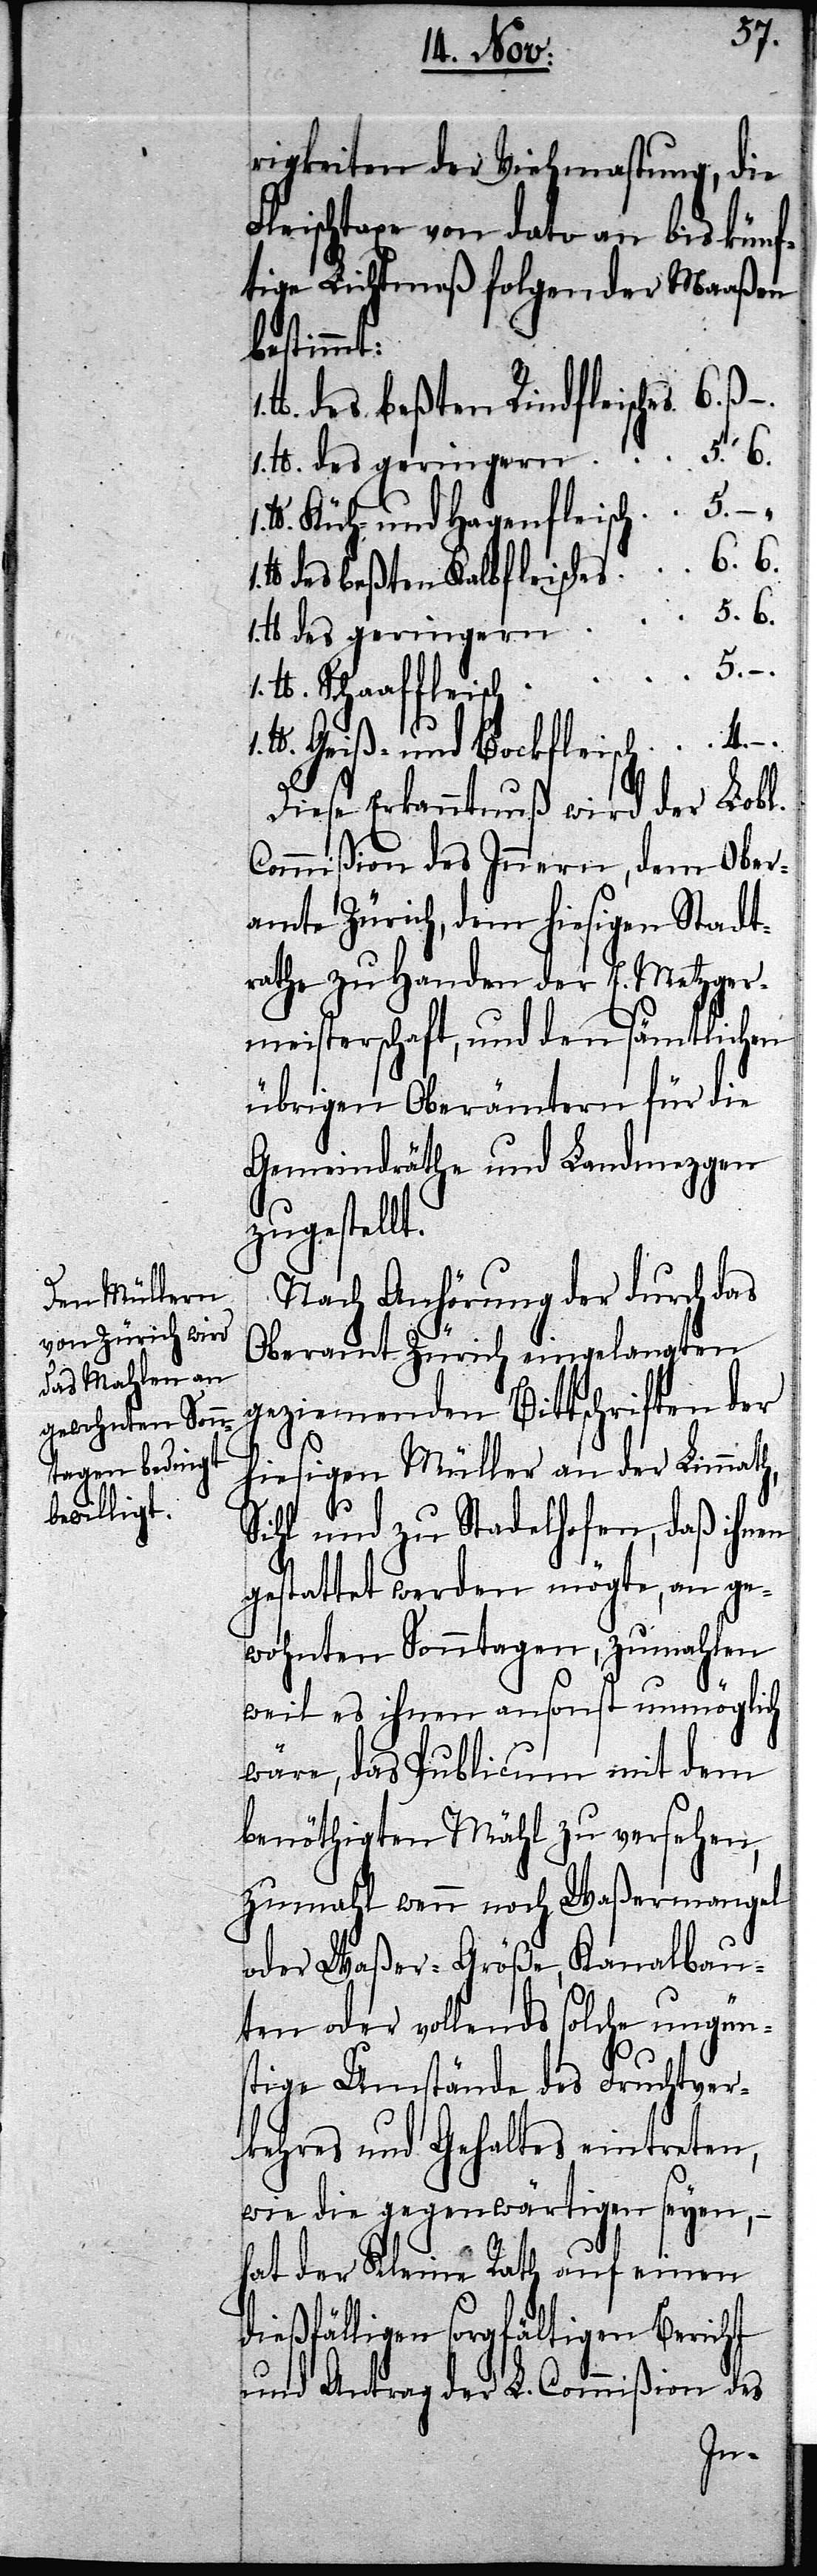
rigkeiten der Viehmastung, die
Fleischtaxe von dato an bis künf¬
tige Lichtmaß folgender Maaßen
bestimmt:
lb. des beßten Rindfleisches	6.ß
1. lb. des geringern 	5. 6.
lb. Küh- und Hagenfleisch	5.–
lb. des beßten Kalbfleisches	6. 6.
lb. Schaaffleisch 	5. –.
lb. Geiß- und Bockfleisch	4. –.
Diese Erkanntnuß wird der Lobl.
Commißion des Innern, dem Ober¬
amte Zürich, dem hiesigen Stadt¬
rathe zu Handen der E. Metzger¬
meisterschaft, und den sämtlichen
übrigen Oberämtern für die
Gemeindräthe und Landmezgen
zugestellt.
Nach Anhörung der durch das
Oberamt Zürich eingelangten
geziemenden Bittschriften der
hiesigen Müller an der Limmath,
Sihl und zu Stadelhofen, daß ihnen
gestattet werden mögte, an ge¬
wohnten Sonntagen, zu mahlen
weil es ihnen ansonst unmöglich
wäre, das Publicum mit dem
benöthigten Mähl zu versehen,
zumahl wenn noch Waßermangel
oder Waßer-Größe, Kanalbau¬
ten oder vollends solche ungüns¬
tige Umstände des Fruchtver¬
kehres und Gehaltes eintreten,
wie die gegenwärtigen seyen; –
hat der Kleine Rath auf einen
dießfälligen sorgfältigen Bericht
und Antrag der L. Commißion des